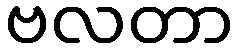
ဗလတာ